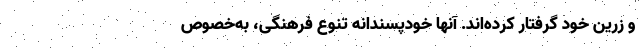
و زرین خود گرفتار کرده‌اند. آنها خودپسندانه تنوع فرهنگی، به‌خصوص